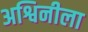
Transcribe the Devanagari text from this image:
अश्विनीला